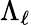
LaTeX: \Lambda_{\ell}